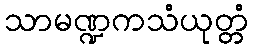
သာမဏ္ဍကသံယုတ္တံ